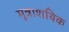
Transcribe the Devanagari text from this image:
मूत्राशयिक